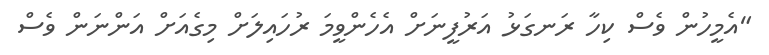
"އެމީހުން ވެސް ކިހާ ރަނގަޅު އަރުފީނަށް އެހެންވީމަ ރުހައިލަށް މިގެއަށް އަންނަން ވެސް